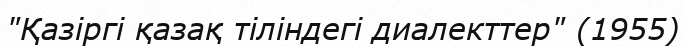
"Қазіргі қазақ тіліндегі диалекттер" (1955)